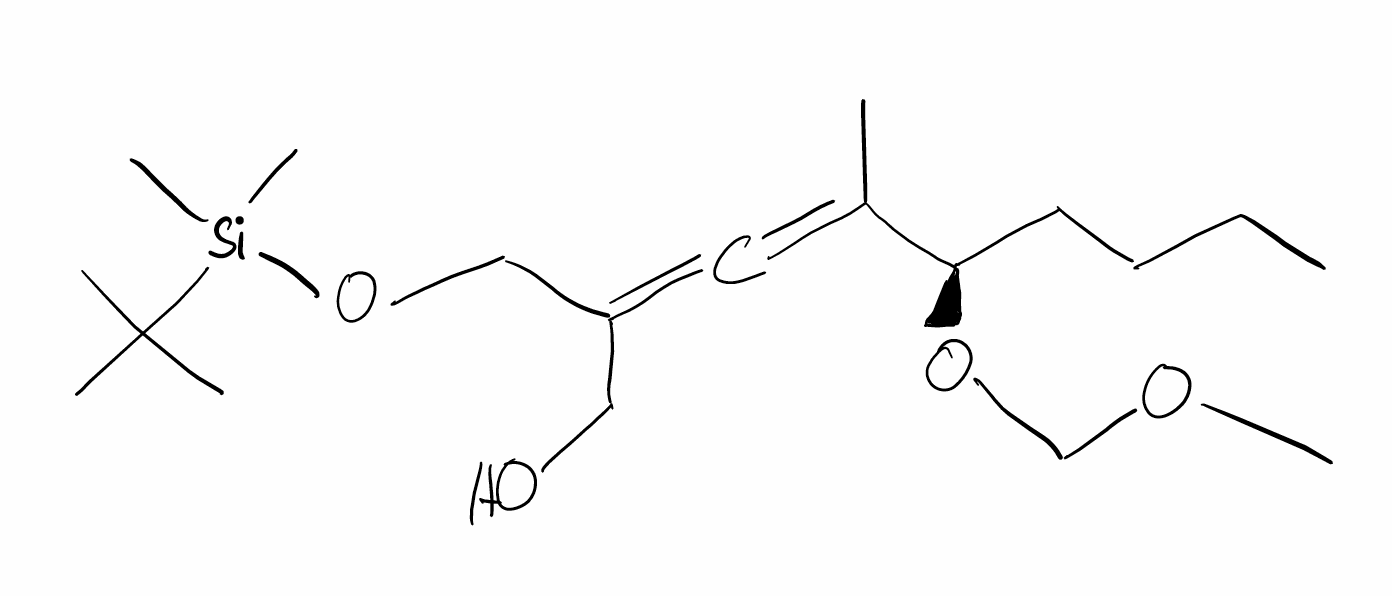
Simplified molecular-input line-entry system (SMILES) notation of the given molecule:
CCCC[C@H](C(=C=C(CO)CO[Si](C)(C)C(C)(C)C)C)OCOC